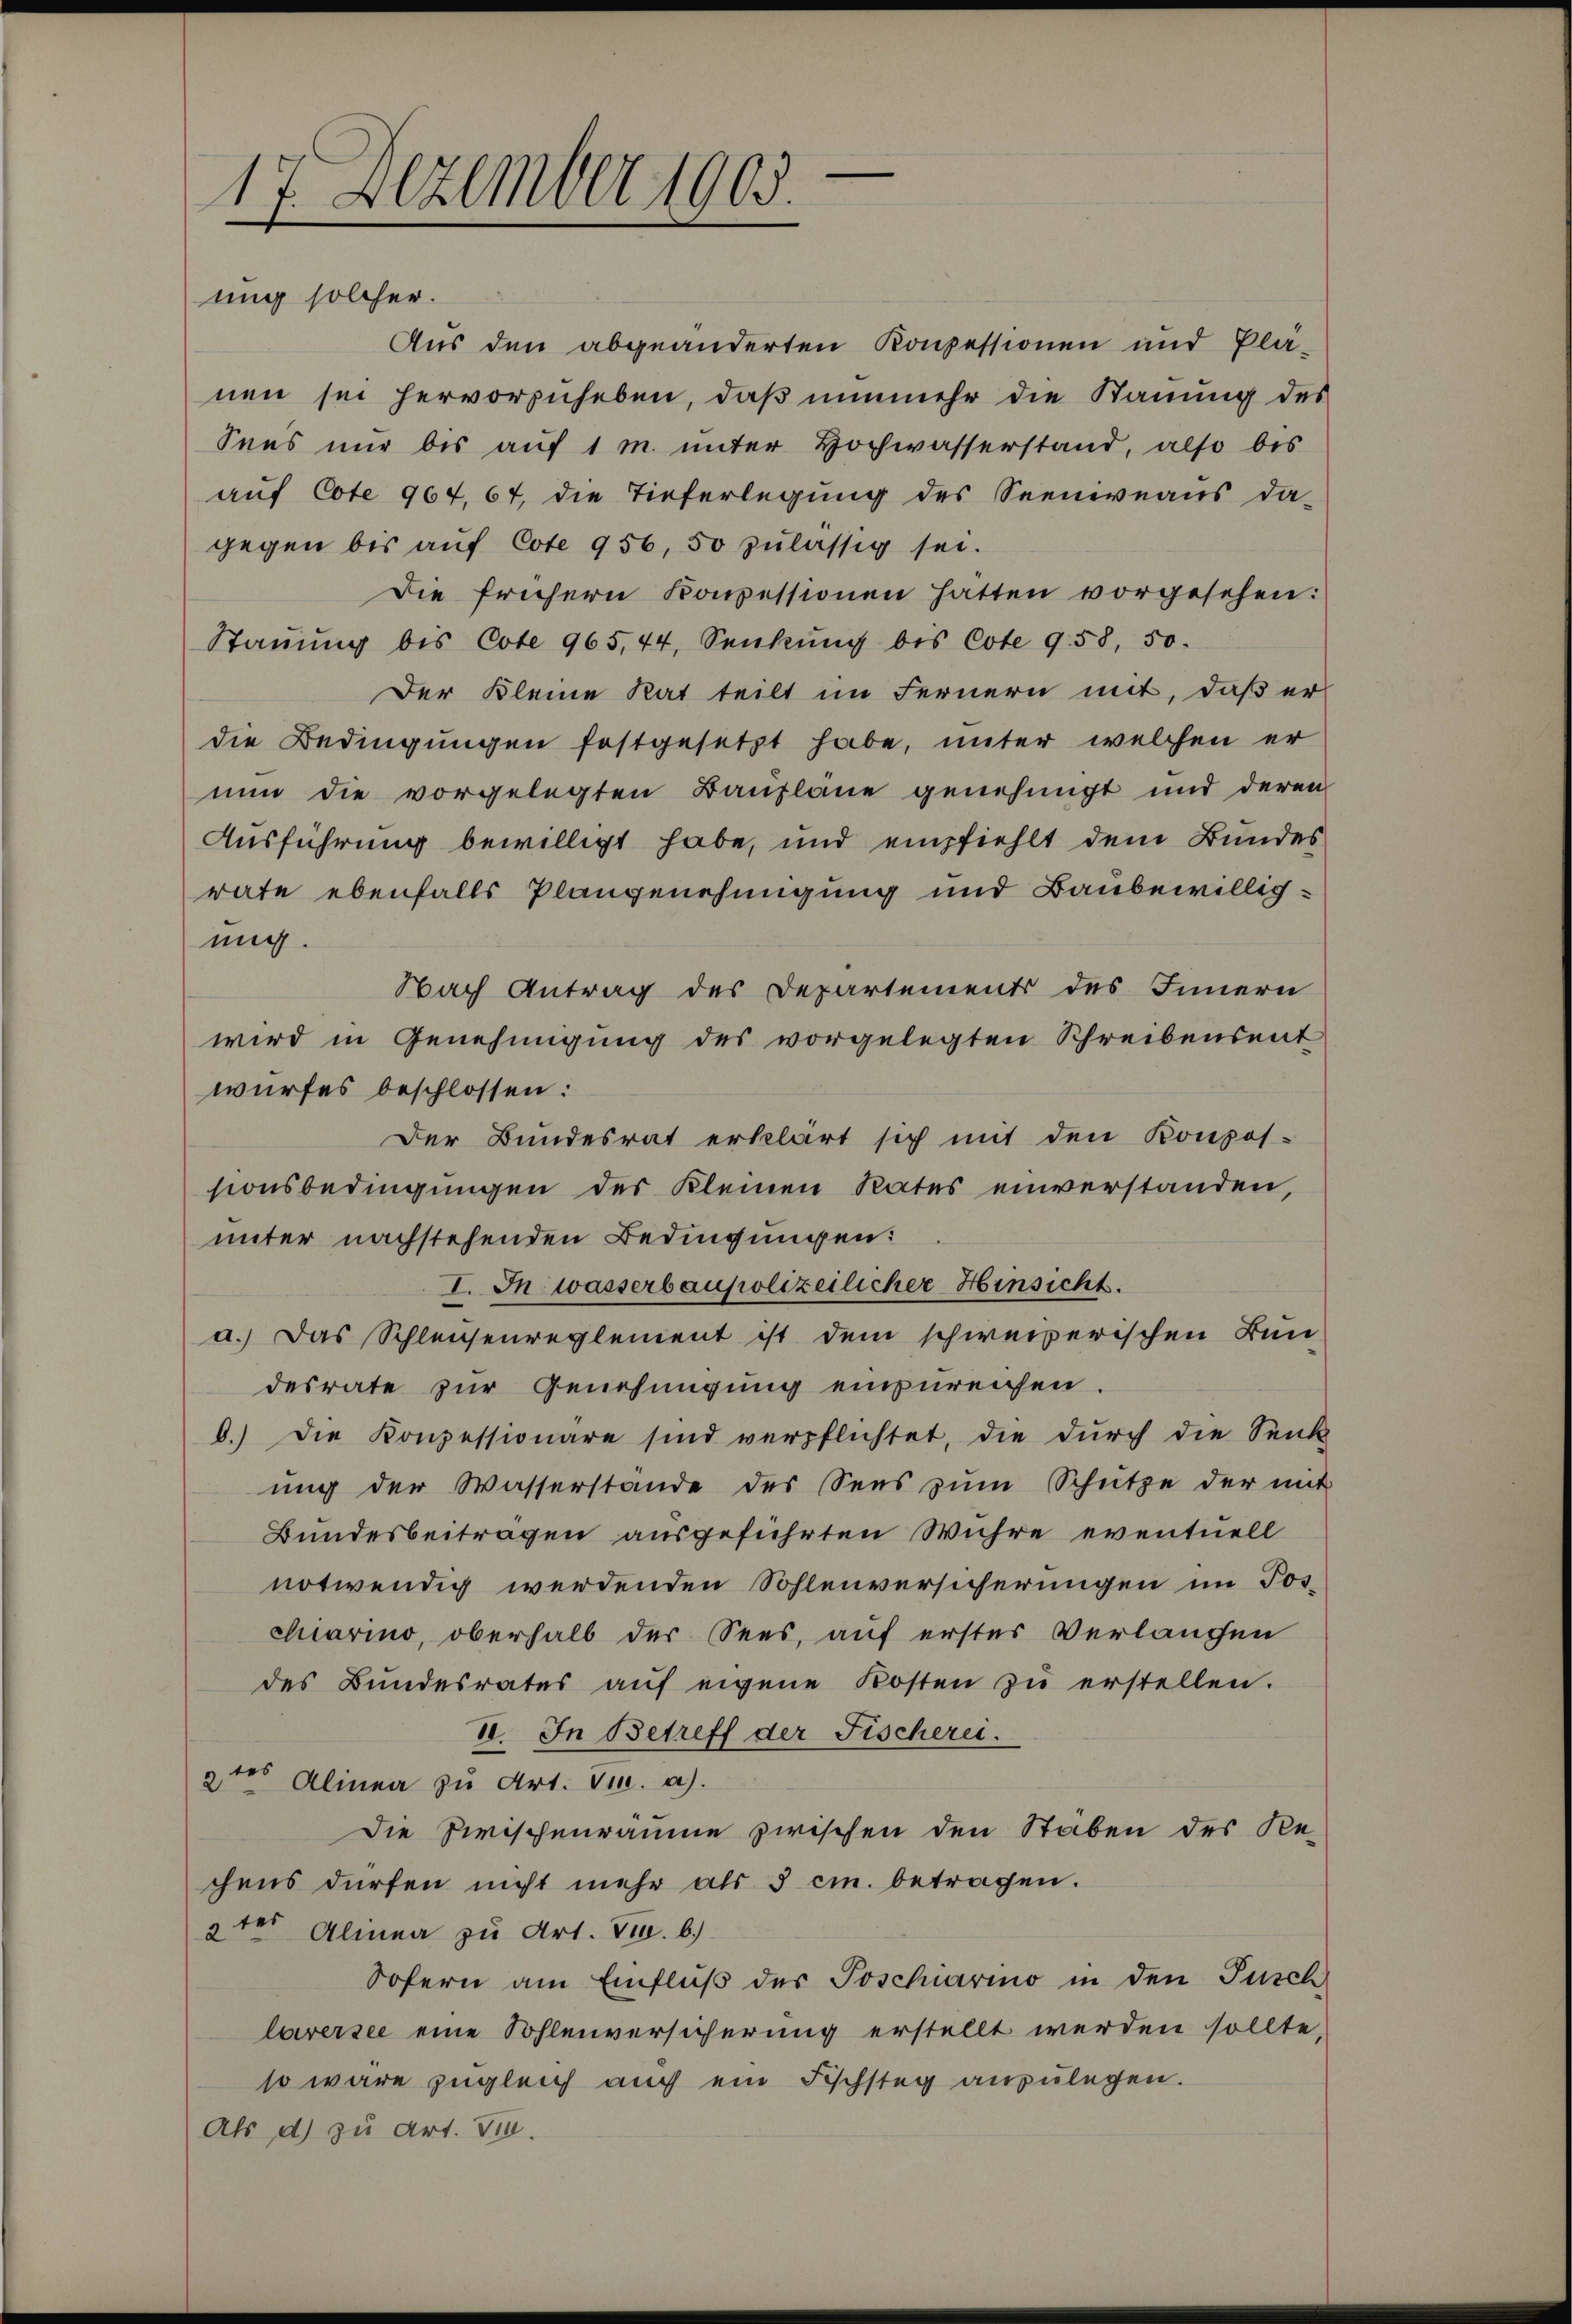
17. Dezember 1905.
ung solcher.

Aus den abgeänderten Konzessionen und Plä-
nen sei hervorzuheben, daß nunmehr die Stauung des
Sees nur bis auf 1 m unter Hochwasserstand, also bis
auf Cote 967,67, die Tieferlegung des Seeniveaus da-
gegen bis aŭf Cote 956, 50 zulässig sei.
Die frühern Konpessionen hatten vorgesehen:
Staŭŭng bis Cote 965,44, Senkŭng bis Cote 958, 50.
Der Kleine Rat teilt im Fernern mit, daß er
die Bedingungen festgesetzt habe, unter welchen er
nun die vorgelegten Baupläne genehmigt und deren
Ausführung bewilligt habe, und empfiehlt dem Bundes
rate ebenfalls Plangenehmigung und Baubewilligung.
wird in Genehmigung des vorgelegten Schreibensent
wurfes beschlossen:
Der Bundesrat erklärt sich mit den Konpos-
sionsbedingungen des Kleinen Rates einverstanden,
unter nachstehenden Bedingungen:
I. In wasserbaupolizeilicher Hinsicht.
a.) Das Schleichenreglement ist dem schweizerischen Bun-
desrate zur Genehmigung einzureichen.
b.) Die Konzessionäre sind verpflichtet, die durch die Senk
ung der Wasserstände des Sees zŭm Schütze der mit
Bundesbeiträgen ausgeführten Wuhre eventuell
notwendig werdenden Sohlenversicherungen im Toschiarino, oberhalb der Sees, auf erster Verlangen
des Bŭndesrates aŭf eigene Kosten zŭ erstellen.
VI. In Betreff der Fischerei.
2tes Alinea zu Art. Fr. a).
Die Zwischenräume zwischen den Stäben des Rechens dürfen nicht mehr als 5 cm. betragen.
2ter Alinea zu Art. F. b.)
Sofern am Einfluß der Joschiarino in den Pusch
laversee eine Sohlenversicherung erstellt werden sollte,
so wäre zugleich auch ein Fischsteg anzulegen.
Als d) zu Art. Tit.

Nach Antrag des Departements des Innern